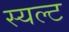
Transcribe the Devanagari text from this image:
स्यल्ट